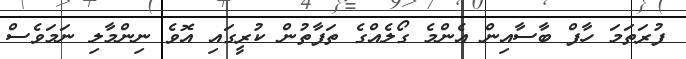
ފުރަތަމަ ހާފް ބާސާއިން އެންމެ ގޯލެއްގެ ތަފާތުން ކުރީގައި އޮވެ ނިންމާލި ނަމަވެސް